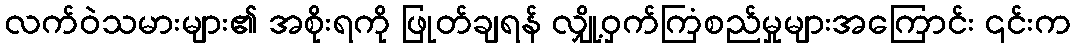
လက်ဝဲသမားများ၏ အစိုးရကို ဖြုတ်ချရန် လျှို့ဝှက်ကြံစည်မှုများအကြောင်း ၎င်းက